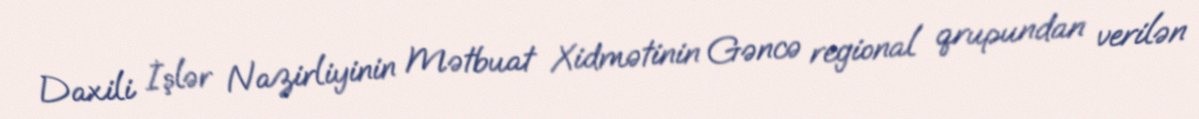
Daxili İşlər Nazirliyinin Mətbuat Xidmətinin Gəncə regional qrupundan verilən